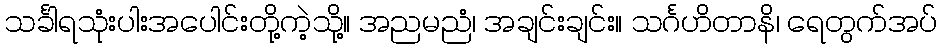
သင်္ခါရသုံးပါးအပေါင်းတို့ကဲ့သို့။ အညမညံ၊ အချင်းချင်း။ သင်္ဂဟိတာနိ၊ ရေတွက်အပ်